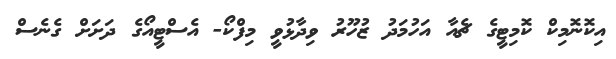
އިކޮނޮމިކް ކޮމިޓީގެ ޗެއާ އަހުމަދު ޒުހޫރު ވިދާޅުވީ މިފްކޯ- އެސްޓީއޯގެ ދަށަށް ގެނެސް